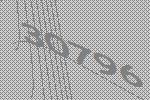
30796